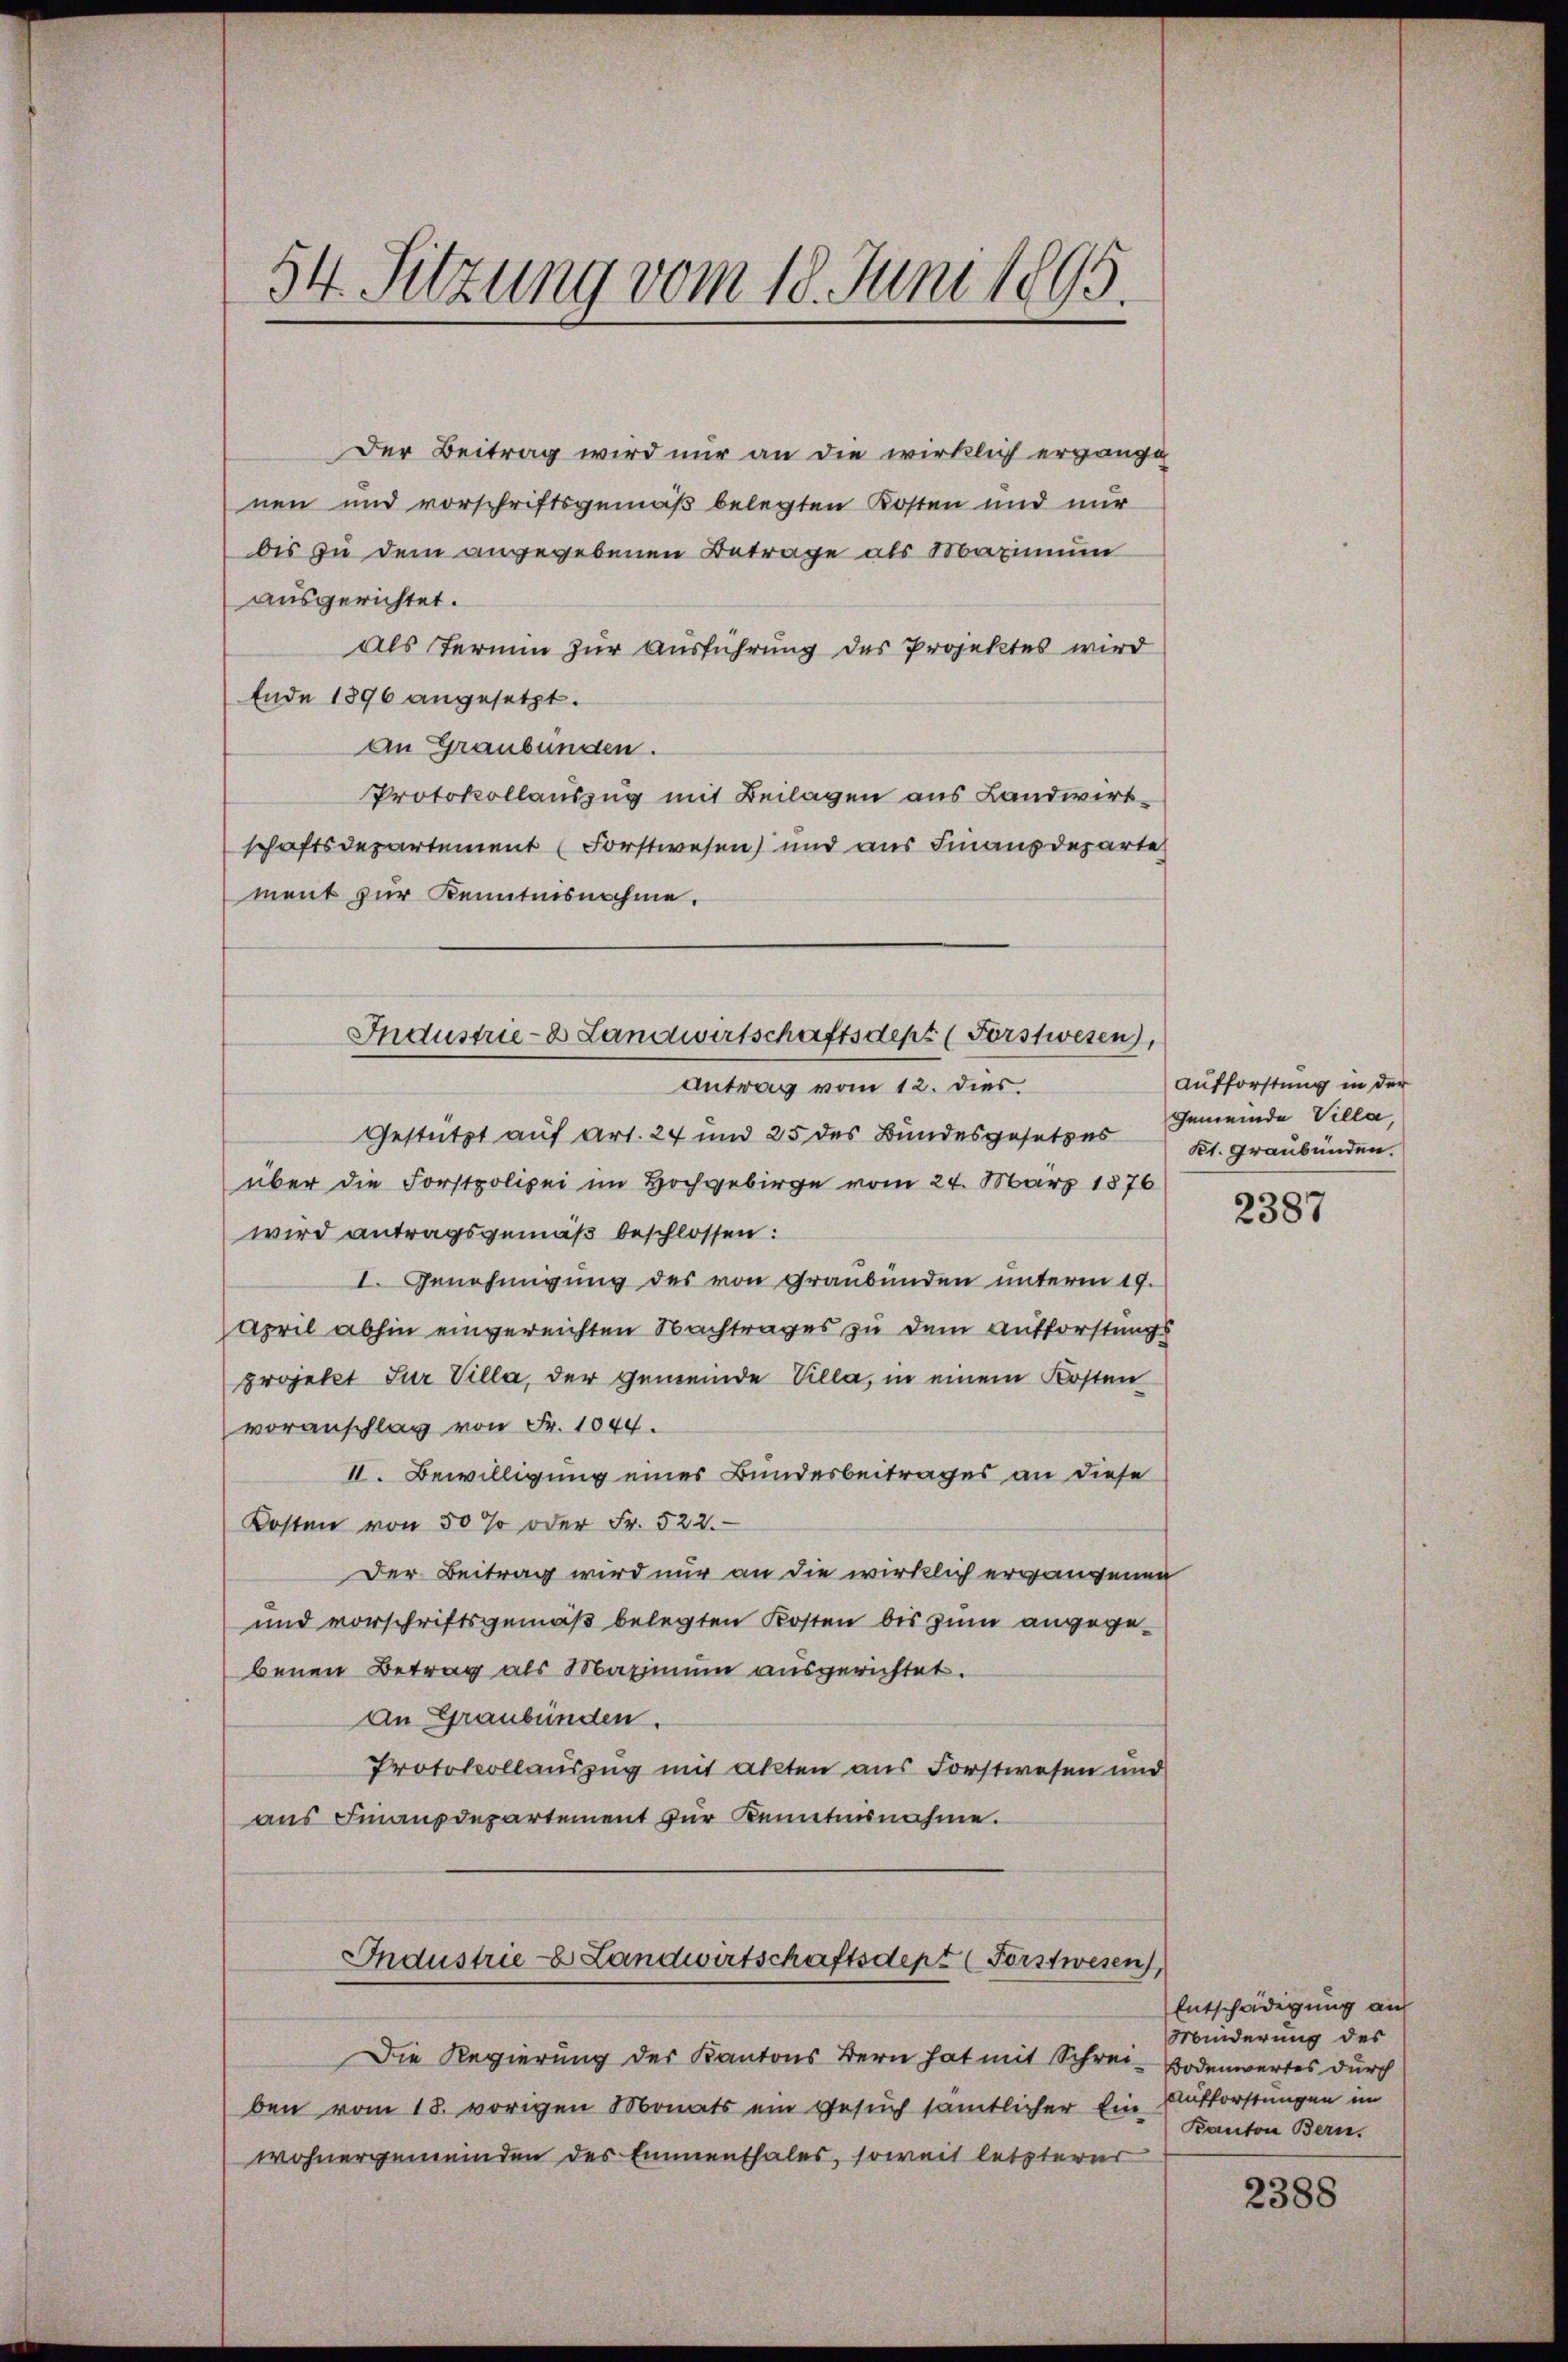
54. Sitzung vom 18. Juni 1895.

Der Beitrag wird nur an die wirklich ergängi
nen und vorschriftsgemäß belegten Kosten und nur
bis zu dem angegebenen Betrage als Maximum
ausgerichtet.
Als Termin zur Ausführung des Projektes wird
Ende 1896 angesetzt.
An Graubungen.
Protokollauszug mit Beilagen aus Landwirtschaftsdepartement (Forstwesen) und aus Finanzdeparte
ment zur Kenntnisnahme.
Antrag vom 12. dies.
Gestützt auf Art. 24 und 25 des Bundesgesetzes
über die Forstpolizei im Hochgebirge vom 24. März 1876
wird antragsgemäß beschlossen:
I. Genehmigung des von Graubünden unterm 19.
April abhin eingereichten Nachtrages zu dem Aufforstungs
projekt Für Villa, der Gemeinde Villa, in einem Kosten
voranschlag von Fr. 1044.
II. Bewilligung eines Bundesbeitrages an diese
Kosten von 50 % oder Fr. 522.
Der Beitrag wird nur an die wirklich ergangenen
und vorschriftsgemäß belegten Kosten bis zum angegebenen Betrag als Maximum ausgerichtet.
An Graubünden.
Protokollauszug mit akten aus Forstwesen und
aus Finanzdepartement für Kenntnisnahme.
Industrieb Landwirtschaftsdept (Forstwesen,
Die Regierung der Kantons Bern hat mit Schrei-Bodenwertes durch
ben vom 18. vorigen Monats ein Gesuch sämtlicher Ein Aufforstungen im
wohnergemeinden des Emmenthales, soweit letzterer

Industrie- & Landwirtschaftsdepz (Forstwesen),

Aufforstung in der
Gemeinde Villa,
Kl. Graubünden.

2387

Entschädigung an
Minderung des
Kanton Bern.

2388